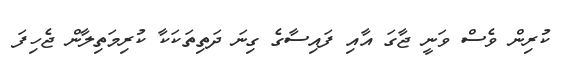
ކުރިން ވެސް ވަނީ ޖާގަ އާއި ފައިސާގެ ގިނަ ދަތިތަކަކާ ކުރިމަތިލާން ޖެހިފަ